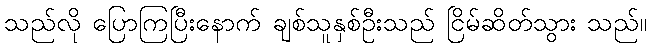
သည်လို ပြောကြပြီးနောက် ချစ်သူနှစ်ဦးသည် ငြိမ်ဆိတ်သွား သည်။